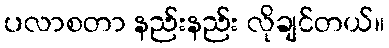
ပလာစတာ နည်းနည်း လိုချင်တယ်။